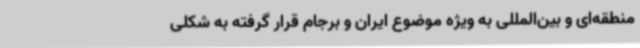
منطقه‌ای و بین‌المللی به ویژه موضوع ایران و برجام قرار گرفته به شکلی